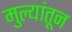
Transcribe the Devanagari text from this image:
मुल्यांतून